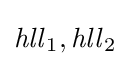
{\textstyle {\mathit {hll}}_{1},{\mathit {hll}}_{2}}